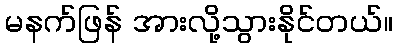
မနက်ဖြန် အားလို့သွားနိုင်တယ်။